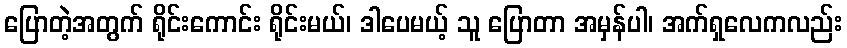
ပြောတဲ့အတွက် ရိုင်းကောင်း ရိုင်းမယ်၊ ဒါပေမယ့် သူ ပြောတာ အမှန်ပါ၊ အက်ရှလေကလည်း